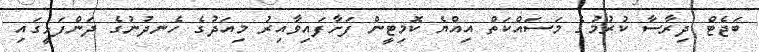
ބަޖެޓް ދިރާސާ ކުރުމުގެ މަސައްކަތް އިއްޔެ ކޮމިޓީން ފަށާފައިވާއިރު މިއަދުގެ ހެނދުނުގެ ދަންފަޅީގައި